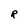
Character: R